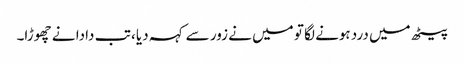
پیٹھ میں درد ہونے لگا تو میں نے زور سے کہہ دیا ، تب دادا نے چھوڑا۔